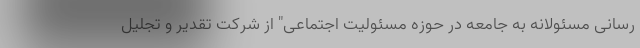
رسانی مسئولانه به جامعه در حوزه مسئولیت اجتماعی" از شرکت تقدیر و تجلیل